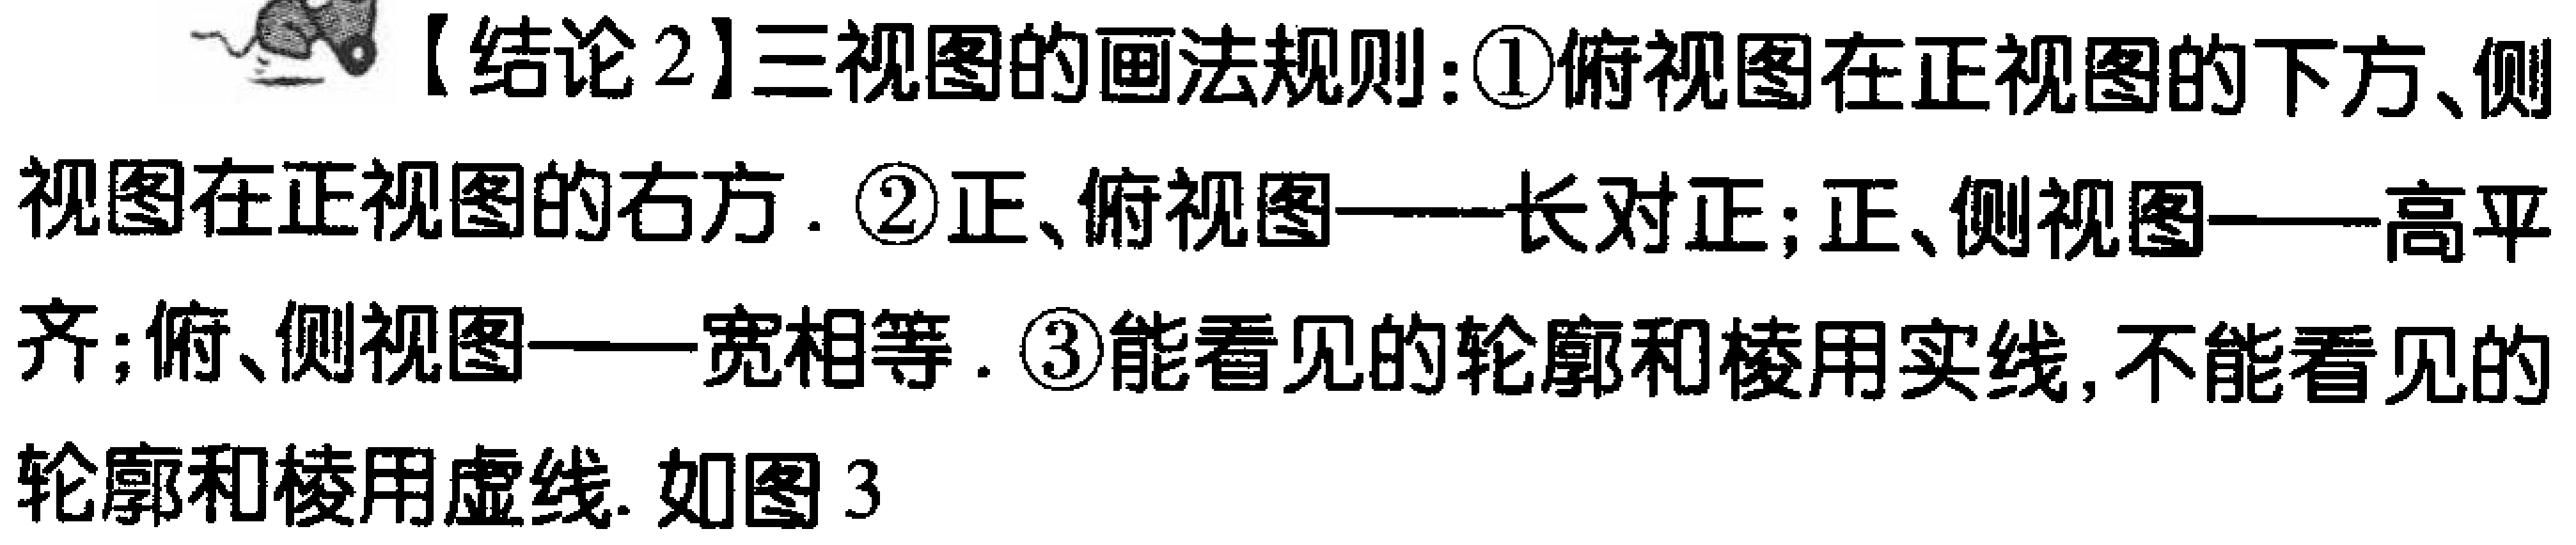
【结论2】三视图的画法规则：\textcircled{1}俯视图在正视图的下方、侧视图在正视图的右方. \textcircled{2}正、俯视图——长对正；正、侧视图——高平齐；俯、侧视图——宽相等. \textcircled{3}能看见的轮廓和棱用实线, 不能看见的轮廓和棱用虚线. 如图3